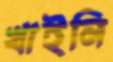
খাইনি